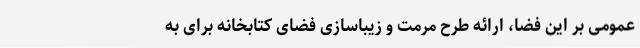
عمومی بر این فضا، ارائه طرح مرمت و زیباسازی فضای کتابخانه برای به